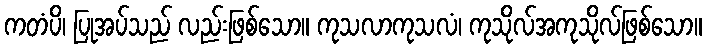
ကတံပိ၊ ပြုအပ်သည် လည်းဖြစ်သော။ ကုသလာကုသလံ၊ ကုသိုလ်အကုသိုလ်ဖြစ်သော။